Tartu_linnavalitsus, lk 12
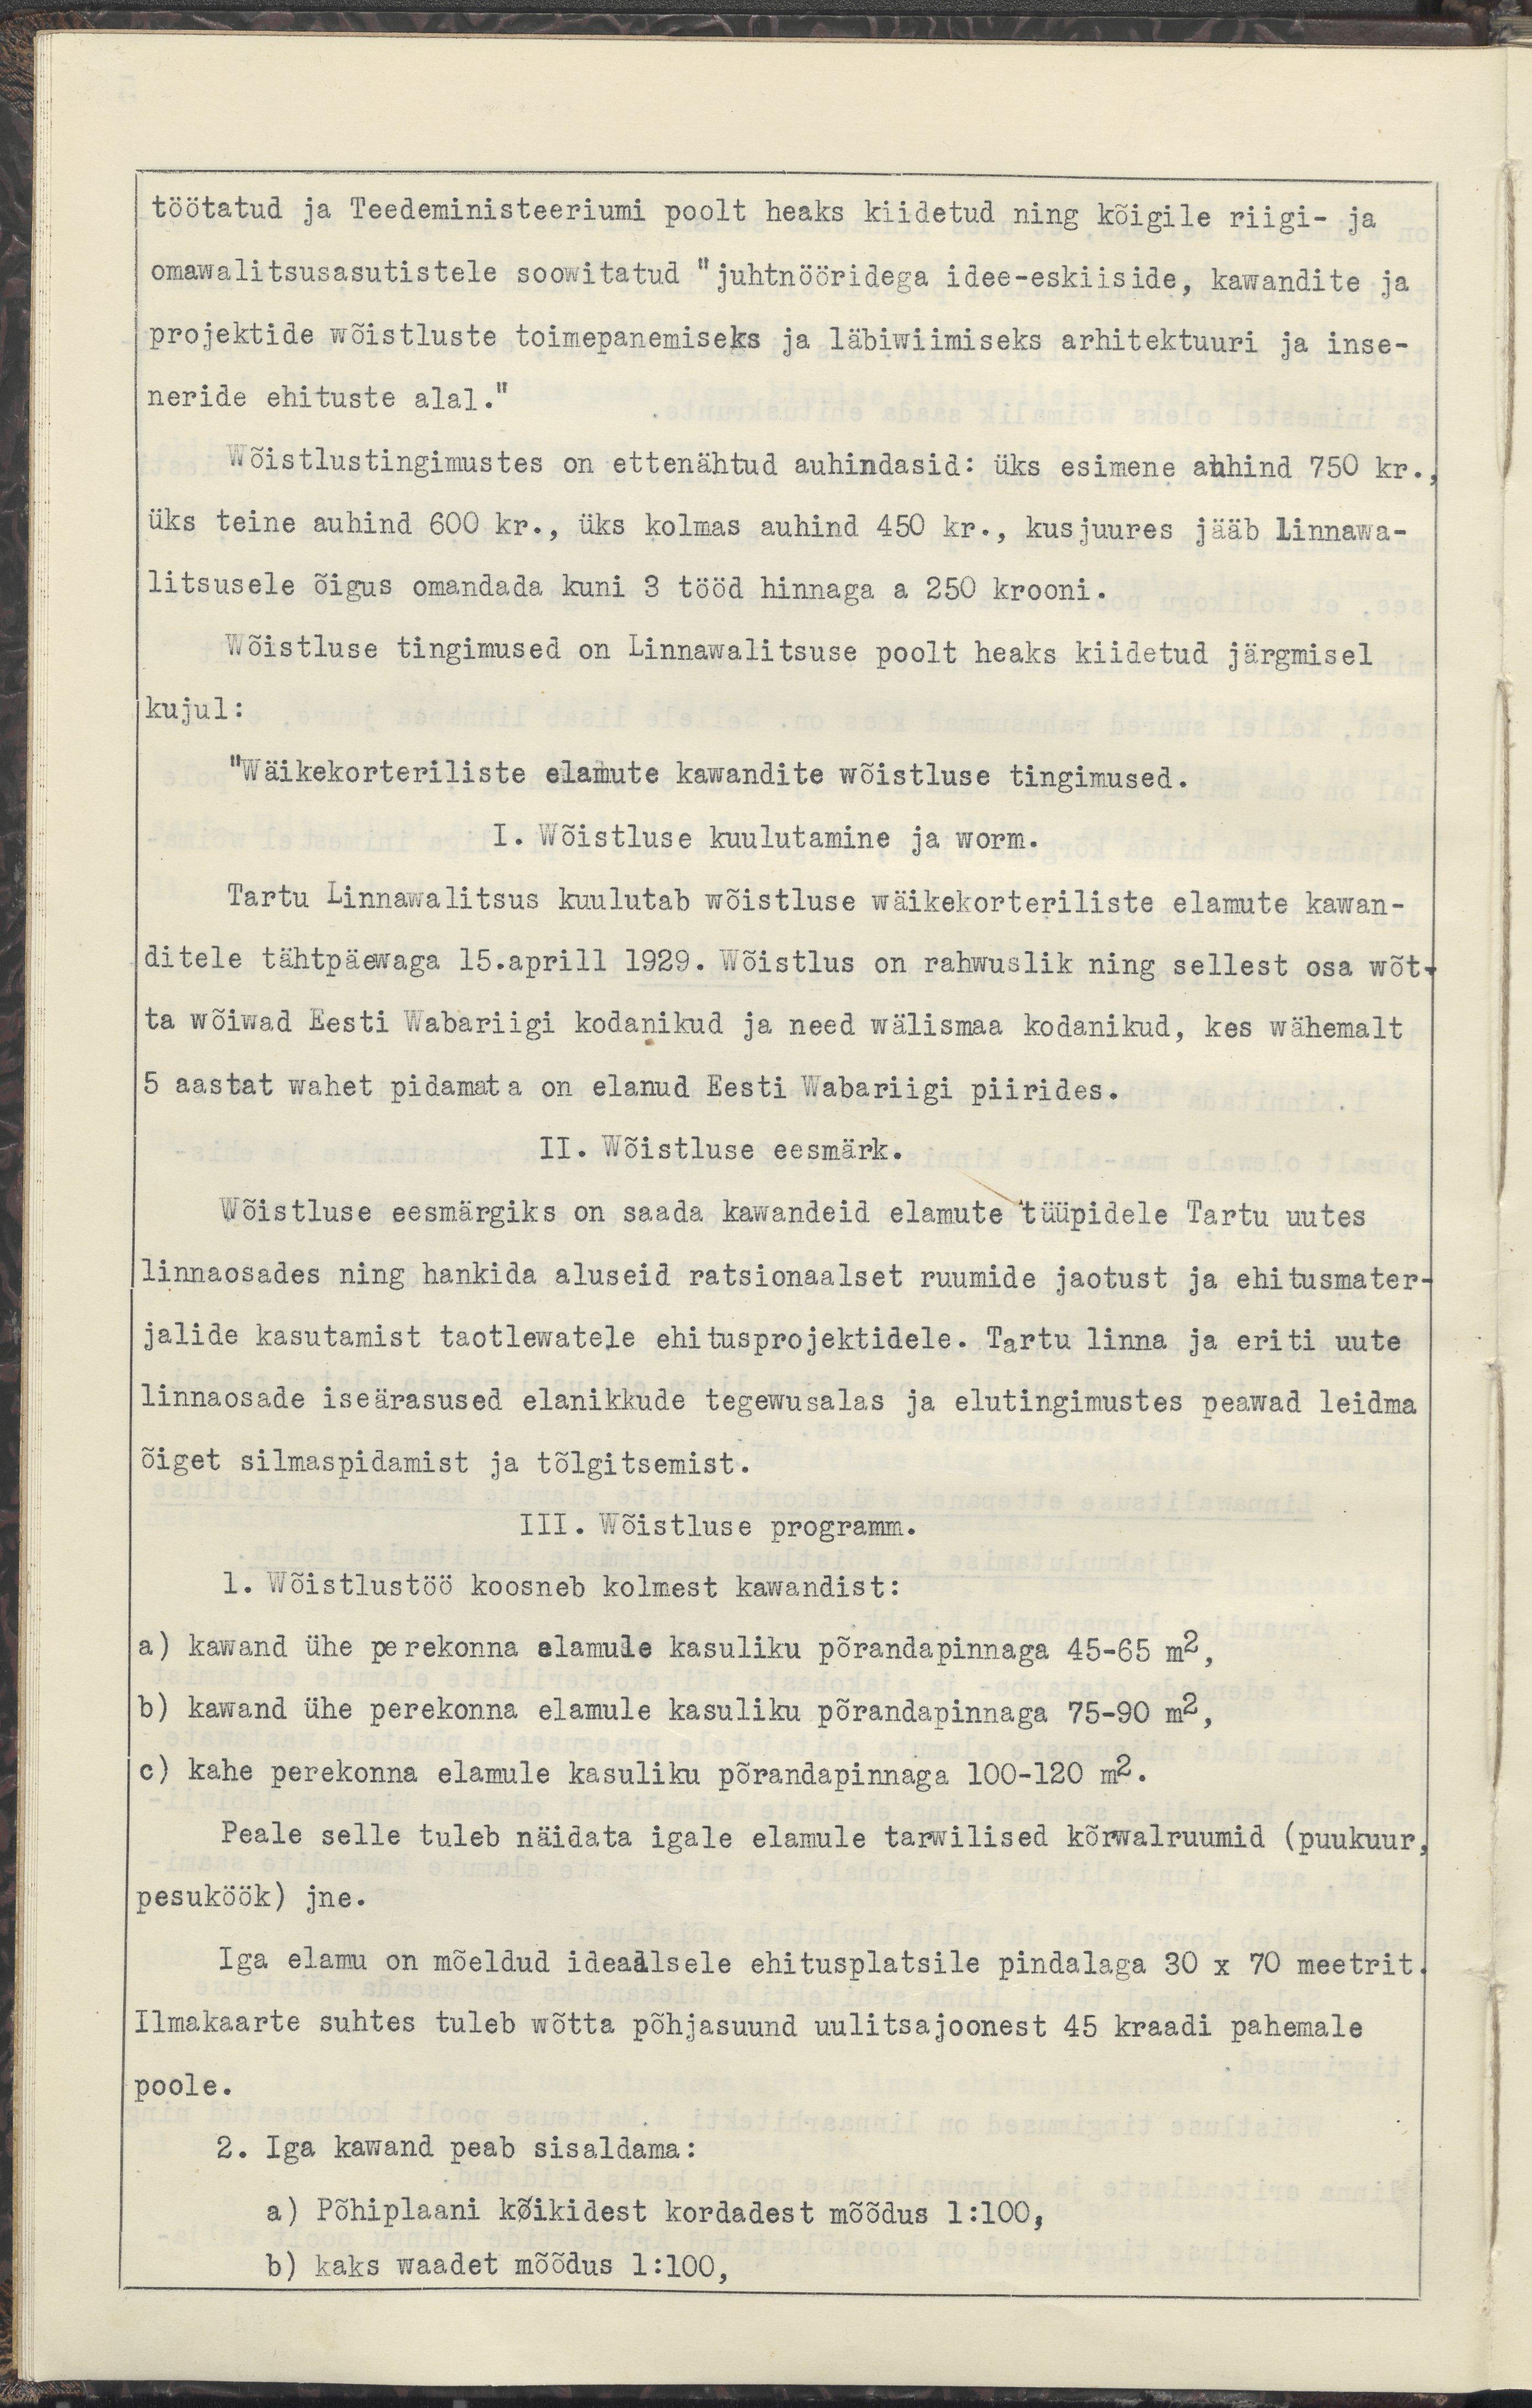
töötatud ja Teedeministeeriumi poolt heaks kiidetud ning kõigile riigi- ja
omawalitsusasutistele soowitatud "juhtnööridega idee-eskiiside, kawandite ja
projektide wõistluste toimepanemiseks ja läbiwiimiseks arhitektuuri ja inse-
neriide ehituste alal."
Wõistlustingimustes on ettenähtud auhindasid: üks esimene auhind 750 kr.,
üks teine auhinf 600 kr., üks kolmas auhind 450 kr., kusjuures jääb Linnawa-
litsusele õigus omandada kuni 3 tööd hinnaga a 250 krooni.
Wõistluse tingimused on Linnawalitsuse poolt heaks kiidetud järgmisel
kujul:
"Wäikekorteriliste elamute kawandite wõistluse tingimused.
I. Wõistluse kuulutamine ja worm.
Tartu Linnawalitsus kuulutab wõistluse wäikekorteriliste elamute kawan-
ditele tähtpäewaga 15. aprill 1929. Wõistlus on rahwuslik ning selllest osa wõt-
ta wõiwad Eesti Wabariigi kodanikud ja need wälismaa kodanikud, kes wähemalt
5 aastat wahet pidamata onn elanud Eesti Wabariigi piirides.
II. Wõistluse eesmärk.
Wõistluse eesmärgiks on saada kawandeid elamute tüüpidele Tartu uutes 
linnaosades ning hankida aluseid ratsionaalset ruumide jaotust ja ehitusmater-
jalide kasutamist taotlewatele ehitusprojektidele. Tartu linna ja eriti uute
linnaosade iseärasused elanikkude tegewusalas ja elutingimustes peawad leidma 
õiget silmaspidamist ja tõlgitsemist.
III. Wõistluse programm.
1. Wõistlustöö koosneb kolmest kawandist.
a) kawand ühe perekonna elamusle kasuliku põrandapinnaga 45-65 m2,
b) kawand ühe perekonna elamule kasuliku põrandapinnaga 75-90 m2,
c) kahe perekonna elamule kasuliku põrandapinnaga 100 - 120 m2.
Peale selle tuleb näidata igale elamule tarwilised kõrwalruumid (puukuur,
pesuköök) jne.
Iga elamu on mõeldud ideaalsele ehitusplatsile pindalaga 30 x 70 meetrit.
Ilmakaarte suhtes tuleb wõtta põhjasuund uulitsajoonest 45 kraadi pahemale
poole.
2. Iga kawand peab sisaldama:
a) põhiplaani kõikidest kordadest mõõdus 1:100
b) kaks waadet mõõdus 1:100,